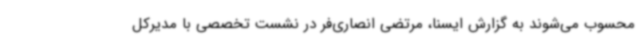
محسوب می‌شوند به گزارش ایسنا، مرتضی انصاری‌فر در نشست تخصصی با مدیرکل